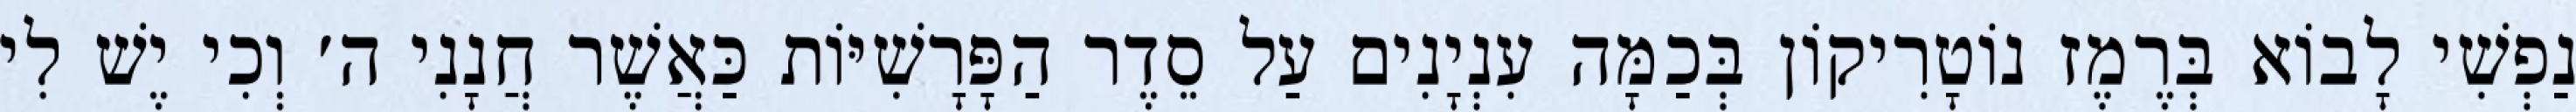
נַפְשִׁי לָבוֹא בְּרֶמֶז נוֹטָרִיקוֹן בְּכַמָּה עִנְיָנִים עַל סֵדֶר הַפָּרָשִׁיּוֹת כַּאֲשֶׁר חֲנָנִי ה׳ וְכִי יֶשׁ לִי